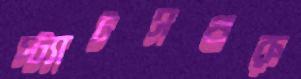
স্ট্যাটসগুরু